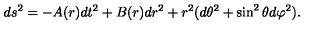
d s ^ { 2 } = - A ( r ) d t ^ { 2 } + B ( r ) d r ^ { 2 } + r ^ { 2 } ( d \theta ^ { 2 } + \sin ^ { 2 } \theta d \varphi ^ { 2 } ) .